Scottish Leaving Certificate Examination, 1961
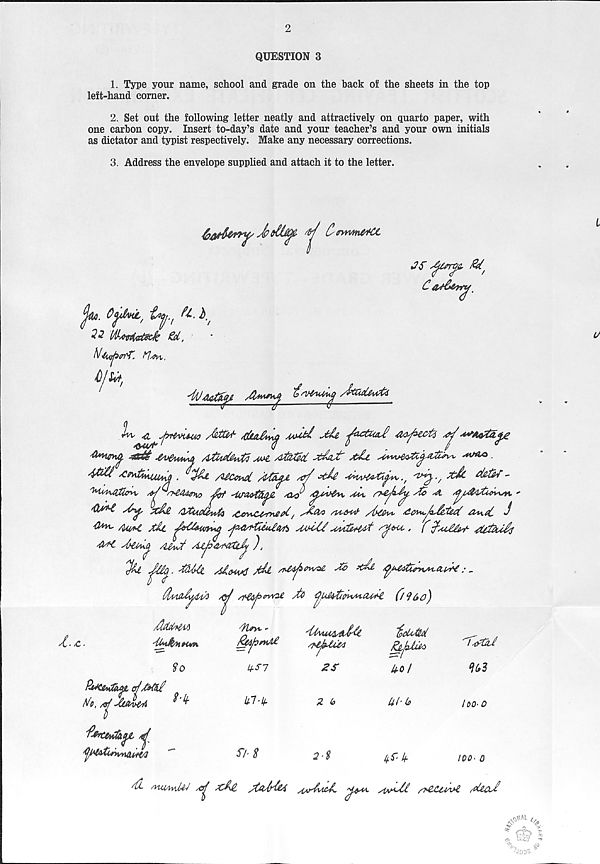
2
QUESTION 3
1. Type your name, school and grade on the back of the sheets in the top
left-hand corner.
2. Set out the following letter neatly and attractively on quarto paper, with
one carbon copy. Insert to-day’s date and your teacher’s and your own initials
as dictator and typist respectively. Make any necessary corrections.
3. Address the envelope supplied and attach it to the letter.
Ctrwm&tOt
OajdAHjL,
fa. b.'
32
got,
AZ-ijh.
In.
AttM' rfla£tn(j yOo^ ^
^ *+**tA£e
Atouteuffi mA Arfz&at X&it'
.
An&uuja .
/UCoMt MoLft w sdt
<^v
d&far-
Jet
,aj)
^
^
-
/ Qj‘ L t
%&£ AXuoUnfa /C&vuxsfAefit,
/U'&ut- /{ttevi.
&t\di J
4**' /Uo*l Aic ^crCUivy^
mJZJ ^uCU^d sy-tru,. f J-^UJeA- AJtdut^
sblowt^ /Wurf A^loWrtjlJy ),
Tfa
J&Ui Ag&MAtJ Ml
Jo Ml
^
<3
/f&jscwOl M
Oybo)
L £■
'Uh&hh**.
fbiCitdMt, cjJJld
tfo, /9^ JtAv&A
^
'fyjAfoJiwlU+tA
So
n
'fUvt. -
Li-Sl
Ul-l{-
f/S
2S
Z 6
2-S
icM
hot
Ut-lo
iff- If.
'T&taJ
%3
loo- 0
too- 0
'tX yyuMvdlrl /O^ XiAtL yCMMi sivJvM.
siMtl srXZ&ovl. xtlcM
^ J
* <Xh \
fry,
'Jr